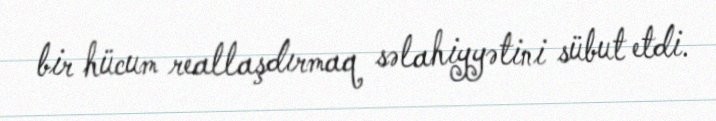
bir hücum reallaşdırmaq səlahiyyətini sübut etdi.